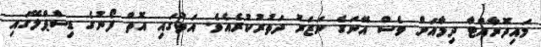
މައިދޮރާއްޓާ ދިމާއަށް ވެސް އޭނަގެ ނަޒަރު ދަތުރުކުރެއެވެ. އަތުގައި އޮތް ފޯނުގެ ޑިސްޕްލޭގައި